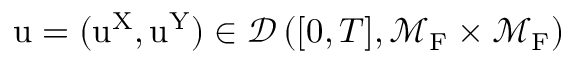
\mathrm { u } = ( \mathrm { u } ^ { \mathrm { X } } , \mathrm { u } ^ { \mathrm { Y } } ) \in \mathcal { D } \left( [ 0 , T ] , \mathcal { M } _ { \mathrm { F } } \times \mathcal { M } _ { \mathrm { F } } \right)